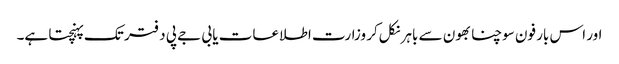
اور اس بار فون سوچنا بھون سے باہر نکل‌کر وزارت اطلاعات یا بی جے پی دفتر تک پہنچتا ہے۔